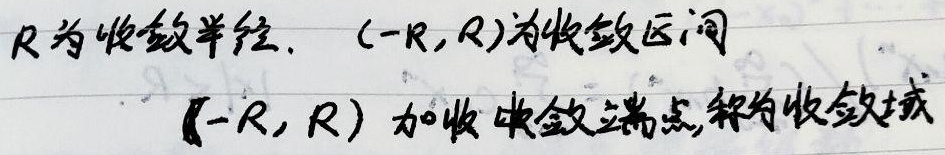
\(R\)为收敛半径，\((-R,R)\)为收敛区间。\((-R,R)\)加上收敛端点，称为收敛域。